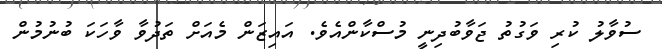
ސުވާލު ކުރި ވަގުތު ޖަވާބުދިނީ މުސްކާންއެވެ. އައިޒަން މެއަށް ތަދުވާ ވާހަކަ ބުނުމުން